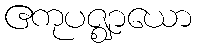
ဧကုပဇ္ဈာယော